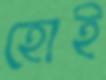
হোই